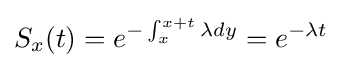
S_{x}(t)=e^{-\int _{x}^{x+t}\lambda dy}=e^{-\lambda t}